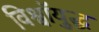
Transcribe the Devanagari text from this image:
विश्वॉयुद्ध